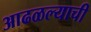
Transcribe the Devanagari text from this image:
आढळल्याची